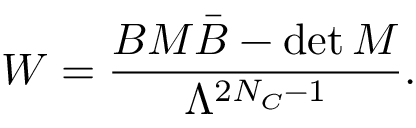
W = \frac { B M \bar { B } - \operatorname * { d e t } M } { \Lambda ^ { 2 N _ { C } - 1 } } .